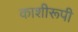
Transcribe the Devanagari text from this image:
काशीरूपी